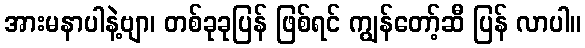
အားမနာပါနဲ့ဗျာ၊ တစ်ခုခုပြန် ဖြစ်ရင် ကျွန်တော့်ဆီ ပြန် လာပါ။